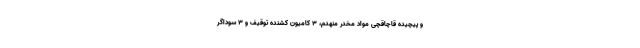
و پیچیده قاچاقچی مواد مخدر منهدم، ۳ کامیون کشنده توقیف و ۳ سوداگر